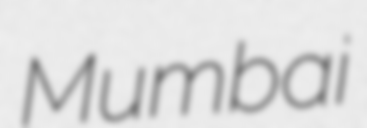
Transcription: Mumbai